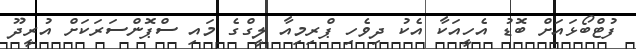
ފުޓްބޯޅައަށް ބޮޑު އެހީއަކާ އެކު ދިވެހި ޕްރިމިއާ ލީގްގެ މައި ސްޕޮންސަރަކަށް އުރީދޫ